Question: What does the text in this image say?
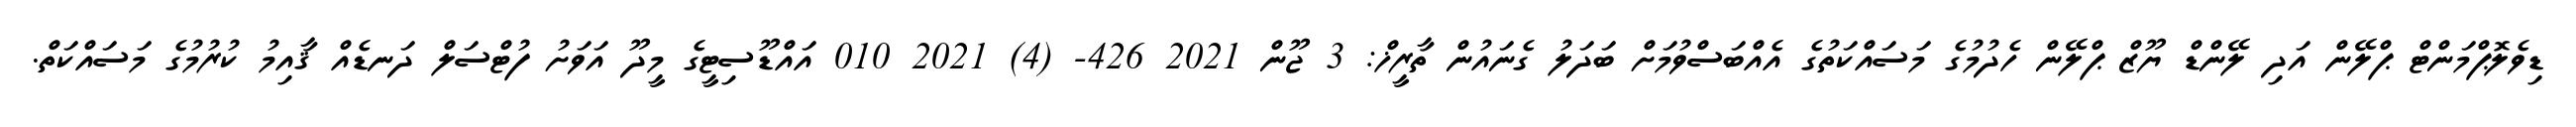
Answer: ޑިވެލޮޕްމަންޓް ޕްލޭން އަދި ލޭންޑް ޔޫޒް ޕްލޭން ހެދުމުގެ މަސައްކަތުގެ އެއްބަސްވުމަށް ބަދަލު ގެނައުން ތާރީޚް: 3 ޖޫން 2021 426- (4) 2021 010 އައްޑޫސިޓީގެ މީދޫ އަވަށު ފުޓްސަލް ދަނޑެއް ޤާއިމު ކުރުމުގެ މަސައްކަތް.